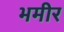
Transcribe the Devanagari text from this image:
भमीर